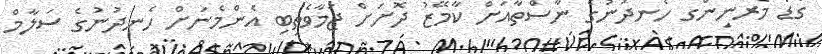
ގުޑް މޯރނިންގ ހެނދުނުގެ ނާސްތާއަށް ކާމޭޒު ދޮށަށް ޖަމާވެތިބި އެންމެނަށް ހެނދުނުގެ ސަލާމް